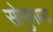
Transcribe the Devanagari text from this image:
सोनुमामा